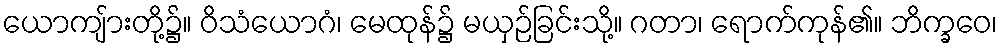
ယောကျ်ားတို့၌။ ဝိသံယောဂံ၊ မေထုန်၌ မယှဉ်ခြင်းသို့။ ဂတာ၊ ရောက်ကုန်၏။ ဘိက္ခဝေ၊